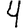
Digit: 4